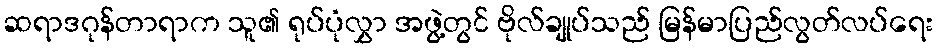
ဆရာဒဂုန်တာရာက သူ၏ ရုပ်ပုံလွှာ အဖွဲ့တွင် ဗိုလ်ချုပ်သည် မြန်မာပြည်လွတ်လပ်ရေး